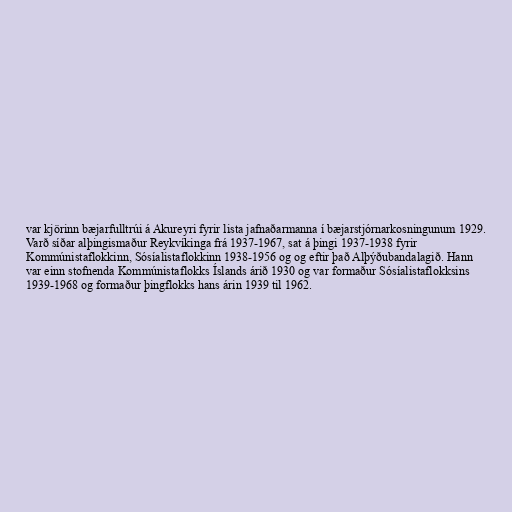
var kjörinn bæjarfulltrúi á Akureyri fyrir lista jafnaðarmanna í bæjarstjórnarkosningunum 1929.
Varð síðar alþingismaður Reykvíkinga frá 1937-1967, sat á þingi 1937-1938 fyrir
Kommúnistaflokkinn, Sósíalistaflokkinn 1938-1956 og og eftir það Alþýðubandalagið. Hann
var einn stofnenda Kommúnistaflokks Íslands árið 1930 og var formaður Sósíalistaflokksins
1939-1968 og formaður þingflokks hans árin 1939 til 1962.